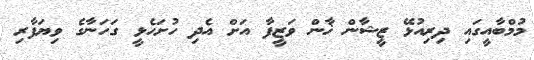
މުމްބާއީގައި ދިރިއުޅޭ ޒީޝާން ޚާން ވަޒީފާ އަށް އެދި ހުށަހެޅީ ގަހަނާގެ ވިޔަފާރި